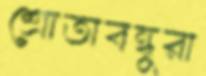
শ্রোতাবন্ধুরা